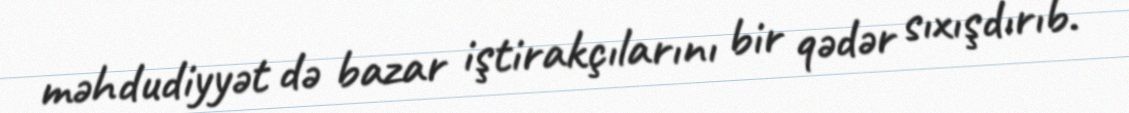
məhdudiyyət də bazar iştirakçılarını bir qədər sıxışdırıb.